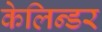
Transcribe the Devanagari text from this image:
केलिन्डर